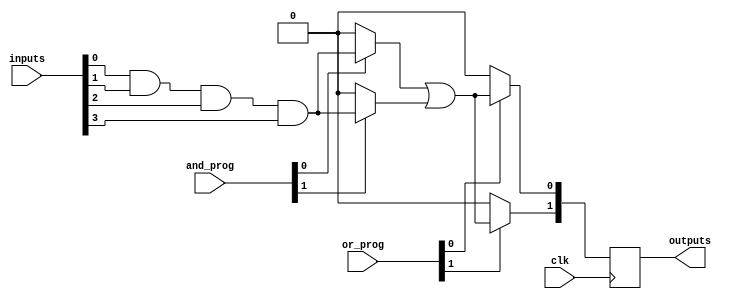
module RPAL #(
    parameter NUM_INPUTS = 4,   // Number of input lines
    parameter NUM_AND_TERMS = 4, // Number of programmable AND gates
    parameter NUM_OR_TERMS = 2   // Number of programmable OR gates
)(
    input wire [NUM_INPUTS-1:0] inputs,  // Input lines
    input wire [NUM_AND_TERMS-1:0] and_prog, // Programming signals for AND gates
    input wire [NUM_OR_TERMS-1:0] or_prog,   // Programming signals for OR gates
    input wire clk,                    // Clock input
    output reg [NUM_OR_TERMS-1:0] outputs // Registered outputs
);

// Intermediate signals for AND gate outputs
wire [NUM_AND_TERMS-1:0] and_outputs;

// Programmable AND array
genvar i, j;
generate
    for (i = 0; i < NUM_AND_TERMS; i = i + 1) begin: and_array
        assign and_outputs[i] = (and_prog[i]) ? (inputs[0] & inputs[1] & inputs[2] & inputs[3]) : 1'b0; // Example AND logic
    end
endgenerate

// Intermediate signals for OR gate outputs
wire [NUM_OR_TERMS-1:0] or_outputs;

// Programmable OR array
generate
    for (j = 0; j < NUM_OR_TERMS; j = j + 1) begin: or_array
        assign or_outputs[j] = (or_prog[j]) ? (and_outputs[0] | and_outputs[1]) : 1'b0; // Example OR logic
    end
endgenerate

// Registered Outputs
always @(posedge clk) begin
    outputs <= or_outputs; // Capture OR outputs on clock edge
end

endmodule